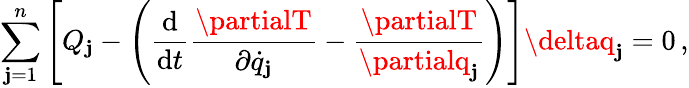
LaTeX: \sum_{\mathbf{j}=1}^{n}\left[Q_{\mathbf{j}}-\left({\frac{{\mathrm{{d}}}}{{\mathrm{{d}}t}}}{\frac{{\partialT}}{{\partial{\dot{{q}}}_{\mathbf{j}}}}}-{\frac{{\partialT}}{{\partialq_{\mathbf{j}}}}}\right)\right]\deltaq_{\mathbf{j}}=0\, ,